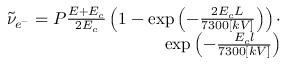
\begin{array} { r } { \widetilde { \nu } _ { e ^ { - } } = P \frac { E + E _ { c } } { 2 E _ { c } } \left( 1 - \exp \left( - \frac { 2 E _ { c } L } { 7 3 0 0 [ k V ] } \right) \right) \cdot } \\ { \exp \left( - \frac { E _ { c } l } { 7 3 0 0 [ k V ] } \right) } \end{array}